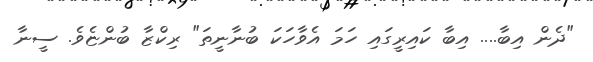
"ދެން އިބާ.... އިބާ ކައިރީގައި ހަމަ އެވާހަކަ ބުނާނީތަ" ރިކްޒާ ބުންޏެވެ. ސީނާ